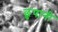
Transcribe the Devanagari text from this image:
छुपानी